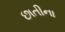
છાતીના